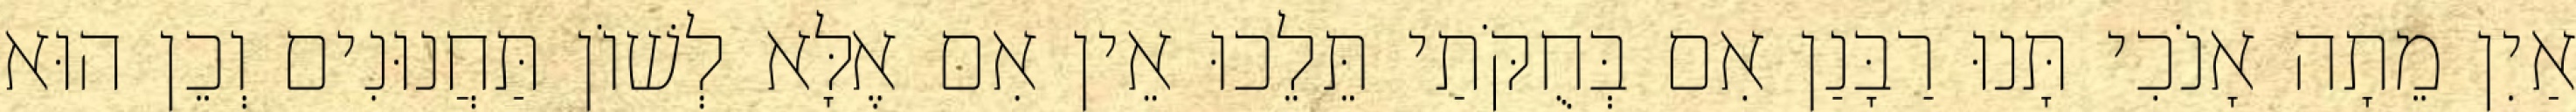
אַיִן מֵתָה אָנֹכִי תָּנוּ רַבָּנַן אִם בְּחֻקֹּתַי תֵּלֵכוּ אֵין אִם אֶלָּא לְשׁוֹן תַּחֲנוּנִים וְכֵן הוּא